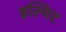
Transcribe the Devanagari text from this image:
इल्यिट